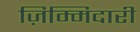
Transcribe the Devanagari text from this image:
ज़िम्मिदारी